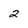
Character: 2